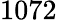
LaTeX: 1072